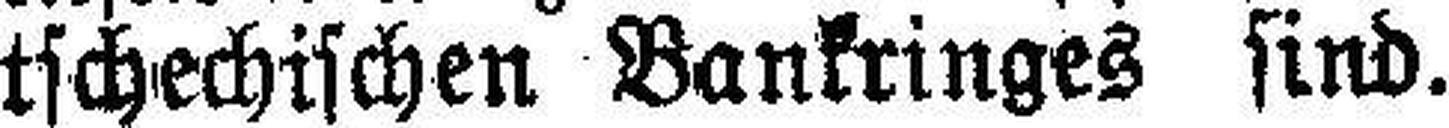
tschechischen Bankringes sind.